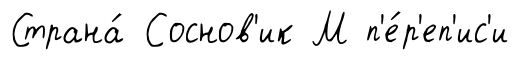
Страна́ Соснов'ик М п'е́р'еп'ис'и